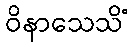
ဝိနာသေသိံ